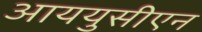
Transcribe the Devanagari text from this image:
आययुसीएन